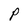
Character: P